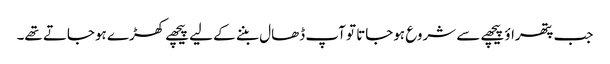
جب پتھراؤ پیچھے سے شروع ہوجاتا تو آپ ڈھال بننے کے لیے پیچھے کھڑے ہوجاتے تھے۔